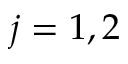
j = 1 , 2